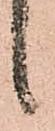
候